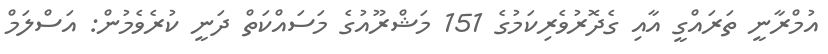
އުމްރާނީ ތަރައްގީ އާއި ގެދޮރުވެރިކަމުގެ 151 މަޝްރޫއުގެ މަސައްކަތް ދަނީ ކުރެވެމުން: އަސްލަމް